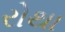
રોથા